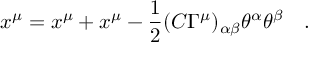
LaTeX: x ^ { \mu } = x ^ { \mu } + x ^ { \mu } - { \frac { 1 } { 2 } } ( C \Gamma ^ { \mu } ) _ { \alpha \beta } \theta ^ { \alpha } \theta ^ { \beta } \quad .